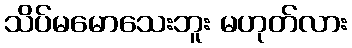
သိပ်မမောသေးဘူး မဟုတ်လား